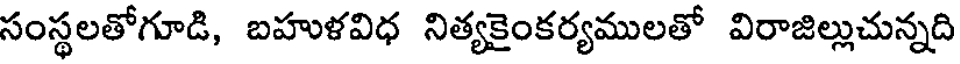
సంస్థలతోగూడి, బహుళవిధ నిత్యకైంకర్యములతో విరాజిల్లుచున్నది